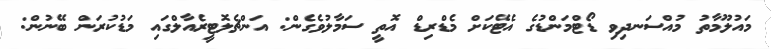
މައުލޫމާތު މުއްސަނދިވި ޑޯޓްމަންޑުގެ އެޓޭކަށް މެޑްރިޑް އޮތީ ސަމާލުވެގެން: އަންޗެލޮޓީރެއާލްގައި މަޑުކުރަން ބޭނުން: